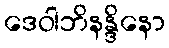
ဒေဝါဘိနန္ဒိနော